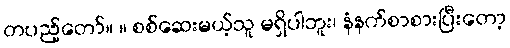
တပည့်တော်။ ။ စစ်ဆေးမယ့်သူ မရှိပါဘူး၊ နံနက်စာစားပြီးတော့